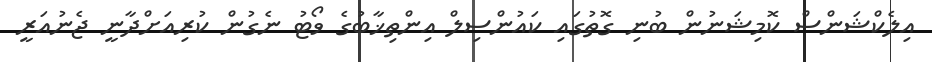
އިލެކްޝަންސް ކޮމިޝަނުން ބުނި ގޮތުގައި ކައުންސިލް އިންތިޚާބުގެ ވޯޓު ނެގުން ކުރިއަށްދާނީ ޖެނުއަރީ